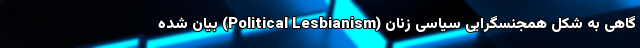
گاهی به شکل همجنسگرایی سیاسی زنان (Political Lesbianism) بیان شده